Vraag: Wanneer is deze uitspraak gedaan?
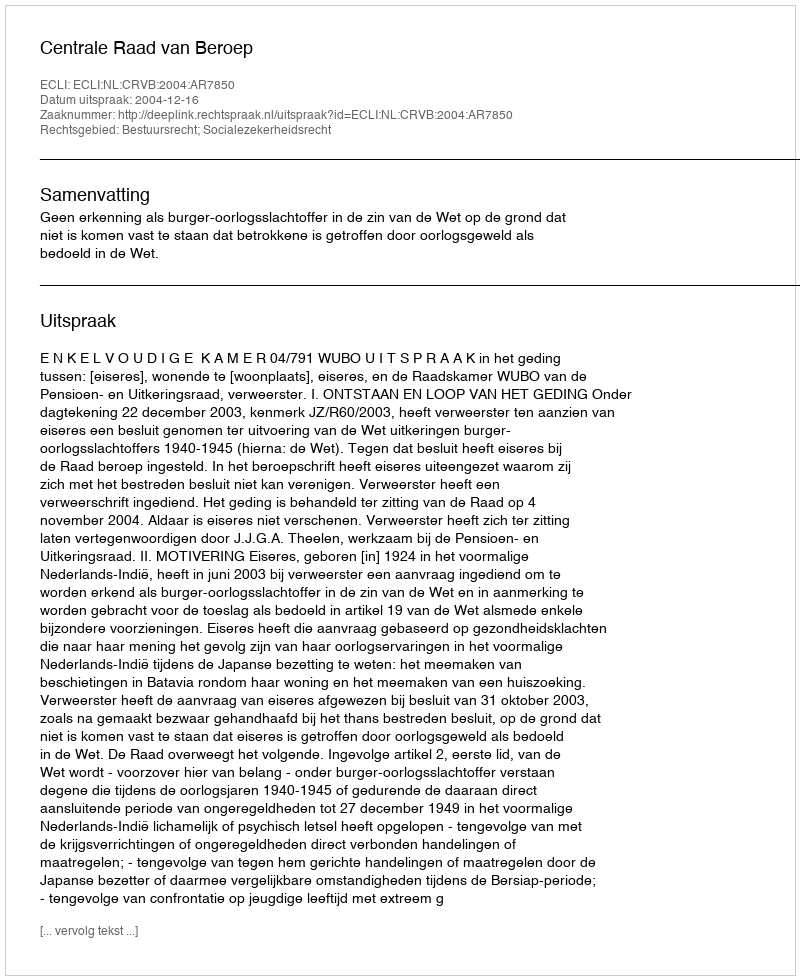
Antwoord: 2004-12-16